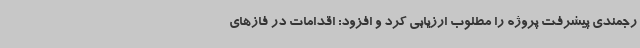
رجمندی پیشرفت پروژه را مطلوب ارزیابی کرد و افزود: اقدامات در فازهای